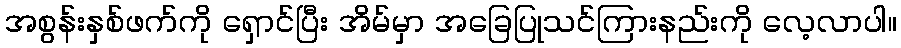
အစွန်းနှစ်ဖက်ကို ရှောင်ပြီး အိမ်မှာ အခြေပြုသင်ကြားနည်းကို လေ့လာပါ။